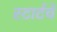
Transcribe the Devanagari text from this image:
स्टार्टचे